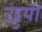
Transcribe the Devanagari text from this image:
उड्डयी